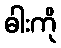
ဓါးကို